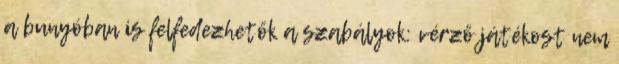
a bunyóban is felfedezhetők a szabályok: vérző játékost nem